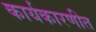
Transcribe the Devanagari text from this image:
कार्यकारणीत